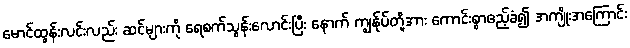
မောင်ထွန်းလင်းလည်း ဆင်များကို ရေစက်သွန်းလောင်းပြီး နောက် ကျွန်ုပ်တို့အား ကောင်းစွာဧည့်ခံ၍ အကျိုးအကြောင်း